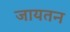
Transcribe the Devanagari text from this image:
जायतन